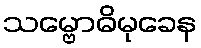
သမ္ဗောဓိမုခေန